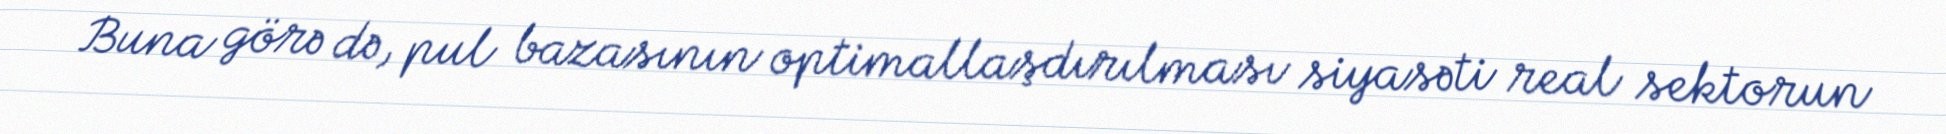
Buna görə də, pul bazasının optimallaşdırılması siyasəti real sektorun